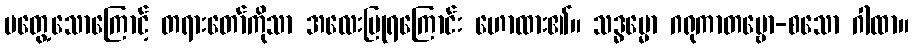
မတွေ့သောကြောင့် တရားတော်ကိုသာ အလေးပြုရကြောင်း ဟောထား၏။ သဒ္ဓမ္မော ဂရုကာတဗ္ဗော-စသော ဂါထာ။